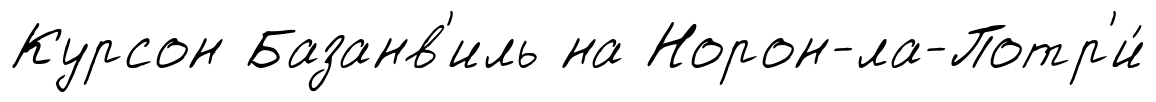
Курсон Базанв'иль на Норон-ла-Потр'и́